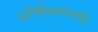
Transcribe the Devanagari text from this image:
प्रदीर्घकाळापर्यंत